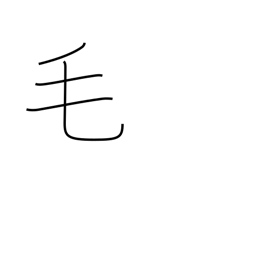
Meaning: fur